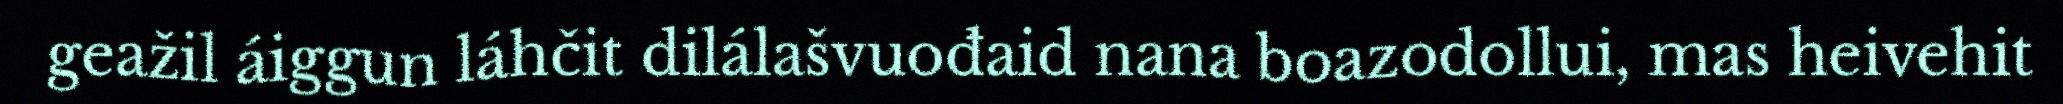
geažil áiggun láhčit dilálašvuođaid nana boazodollui, mas heivehit